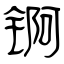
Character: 锕